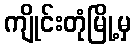
ကျိုင်းတုံမြို့မှ